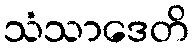
သံသာဒေတိ